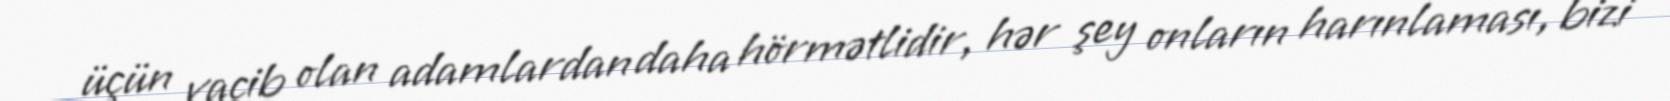
üçün vacib olan adamlardan daha hörmətlidir, hər şey onların harınlaması, bizi